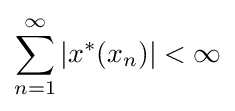
\sum _{n=1}^{\infty }|x^{*}(x_{n})|<\infty